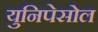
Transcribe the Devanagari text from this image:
युनिपेसोल